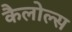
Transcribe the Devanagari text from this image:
कैलोल्स